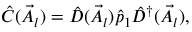
\hat { C } ( \vec { A } _ { l } ) = \hat { D } ( \vec { A } _ { l } ) \hat { p } _ { 1 } \hat { D } ^ { \dagger } ( \vec { A } _ { l } ) ,